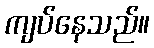
ကျပ်နေသည်။